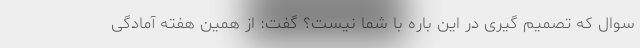
سوال که تصمیم گیری در این باره با شما نیست؟ گفت: از همین هفته آمادگی